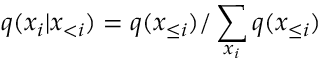
q ( x _ { i } | \boldsymbol { x } _ { < i } ) = q ( \boldsymbol { x } _ { \le i } ) / \sum _ { x _ { i } } q ( \boldsymbol { x } _ { \le i } )